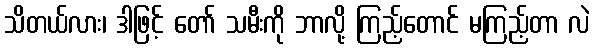
သိတယ်လား၊ ဒါဖြင့် တော် သမီးကို ဘာလို့ ကြည့်တောင် မကြည့်တာ လဲ